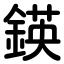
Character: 鍈